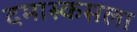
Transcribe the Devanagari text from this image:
दमास्कसला